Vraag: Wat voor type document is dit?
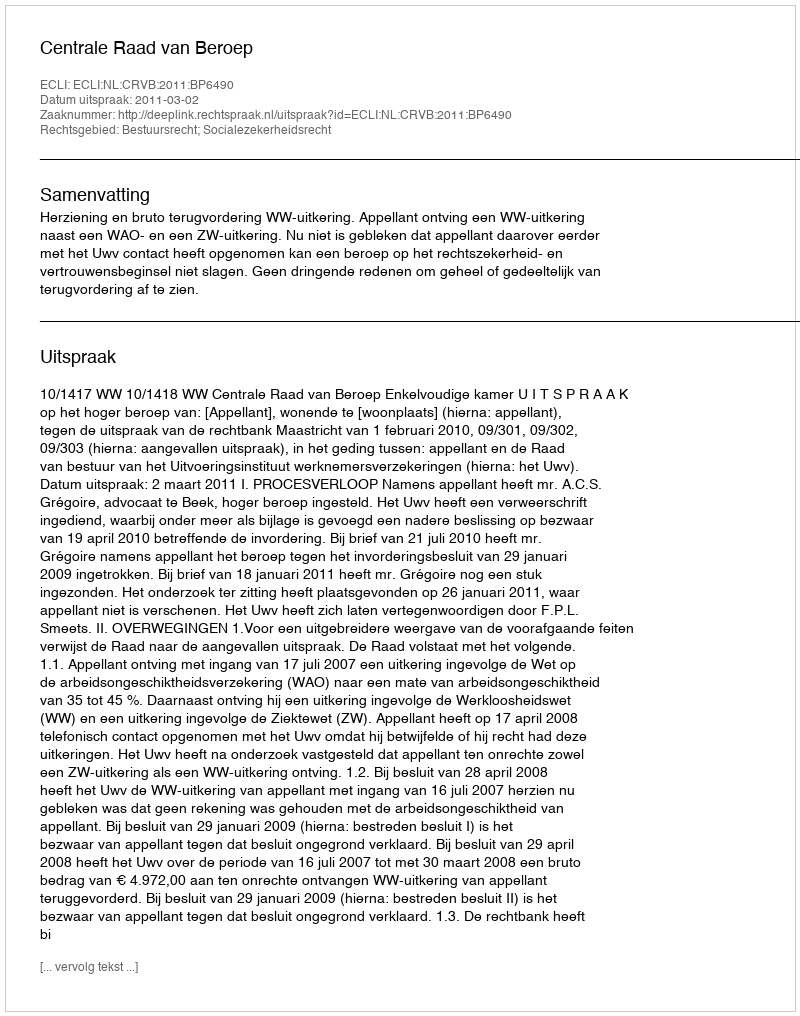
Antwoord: Uitspraak